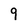
Character: 9